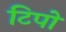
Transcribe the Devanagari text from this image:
टिपो